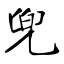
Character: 兜